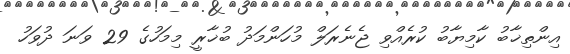
އިންތިޚާބު ކާމިޔާބު ކުރެއްވި ޖެނެރަލް މުހަންމަދު ބުޚާރީ މިމަހުގެ 29 ވަނަ ދުވަހު